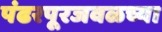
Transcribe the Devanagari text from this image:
पंढरपूरजवळच्या